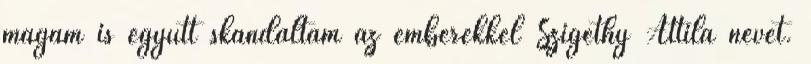
magam is együtt skandáltam az emberekkel Szigethy Attila nevét.